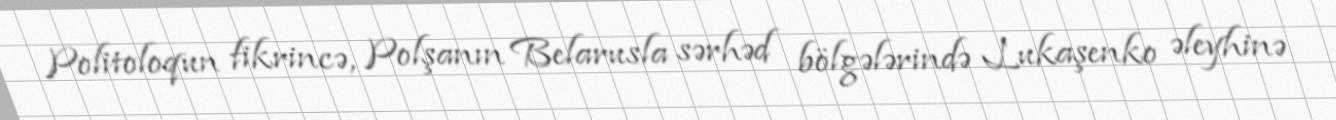
Politoloqun fikrincə, Polşanın Belarusla sərhəd bölgələrində Lukaşenko əleyhinə